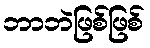
ဘာဘဲဖြစ်ဖြစ်